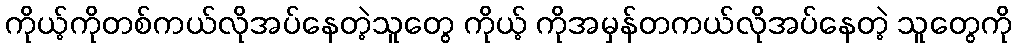
ကိုယ့်ကိုတစ်ကယ်လိုအပ်နေတဲ့သူတွေ ကိုယ့် ကိုအမှန်တကယ်လိုအပ်နေတဲ့ သူတွေကို